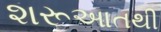
શરૂઆતથી